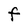
Character: F